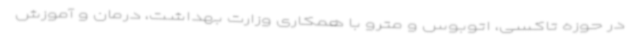
در حوزه تاکسی، اتوبوس و مترو با همکاری وزارت بهداشت، درمان و آموزش